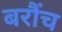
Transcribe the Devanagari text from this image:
बरौंच